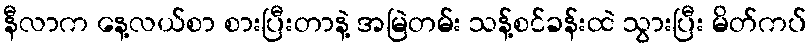
နီလာက နေ့လယ်စာ စားပြီးတာနဲ့ အမြဲတမ်း သန့်စင်ခန်းထဲ သွားပြီး မိတ်ကပ်